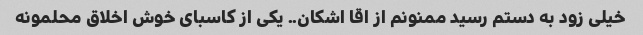
خیلی زود به دستم رسید ممنونم از اقا اشکان.. یکی از کاسبای خوش اخلاق محلمونه